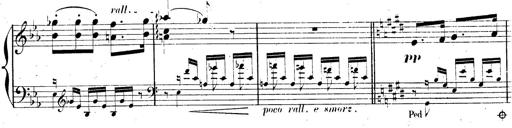
Title: AnnÃ©es de pÃ¨lerinage II, SupplÃ©ment
Composer: Franz Liszt